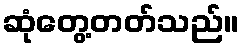
ဆုံတွေ့တတ်သည်။